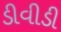
ડીવીડી